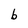
Character: b